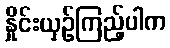
နှိုင်းယှဉ်ကြည့်ပါက